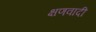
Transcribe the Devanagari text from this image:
क्षणवादी